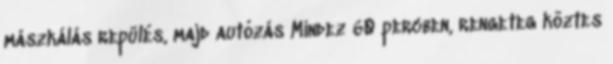
mászkálás repülés, majd autózás Mindez 60 percben, rengeteg köztes